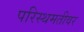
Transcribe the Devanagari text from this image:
परिस्थमतीवर